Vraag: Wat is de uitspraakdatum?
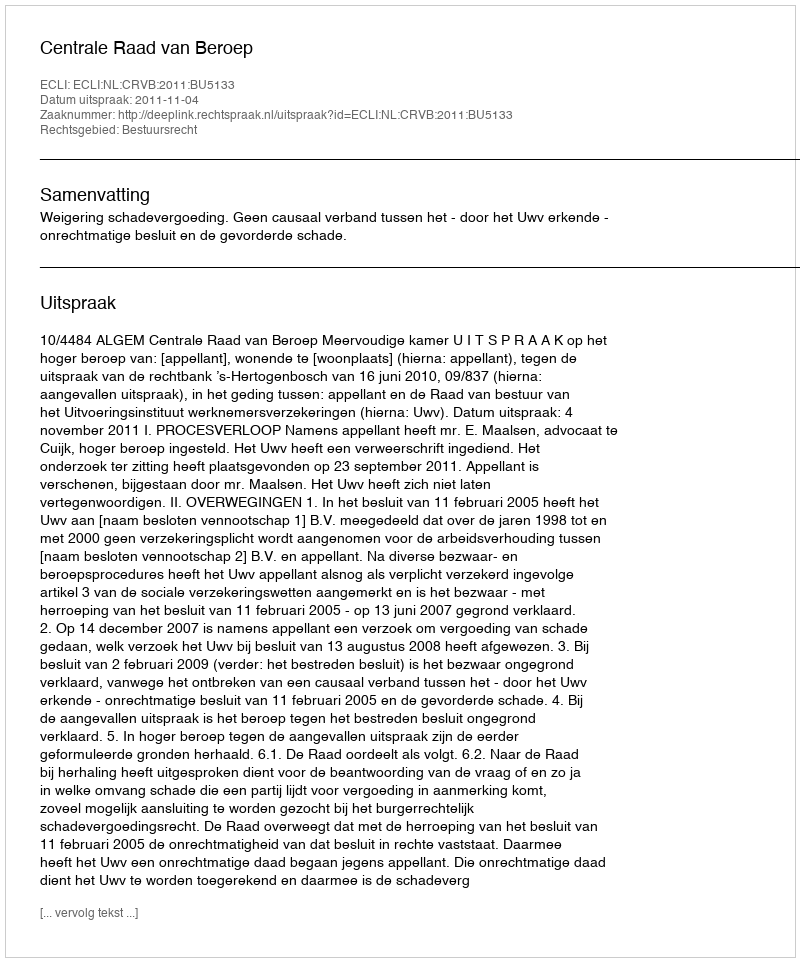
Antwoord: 2011-11-04